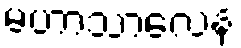
မဟာသာလေန